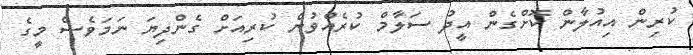
ކުރިން އިއުލާން ކޮށްގެން އީދު ސަލާމް ކުރެއްވުން ކުރިއަށް ގެންދިޔަ ނަމަވެސް މީގެ